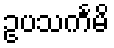
ဥပသင်္ကမိ